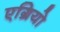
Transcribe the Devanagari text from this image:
एग्रियो